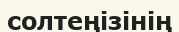
солтеңізінің